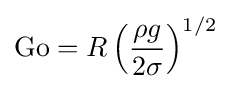
\mathrm {Go} =R\left({\frac {\rho g}{2\sigma }}\right)^{1/2}